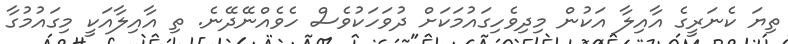
ތިޔަ ކެނަރީގެ އާއިލާ އަކުން މިދިވެހިގައުމަކަށް ދުވަހަކުވެސް ހެވެއްނޭދޭނެ. ތި އާއިލާއަކީ މިގައުމުގާ